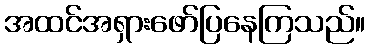
အထင်အရှားဖော်ပြနေကြသည်။